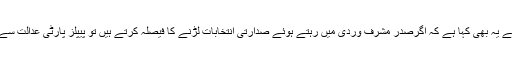
شہناز عزیز: آپ نے یہ بھی کہا ہے کہ اگرصدر مشرف وردی میں رہتے ہوئے صدارتی انتخابات لڑنے کا فیصلہ کرتے ہیں تو پیپلز پارٹی عدالت سے رجوع کرے گی۔